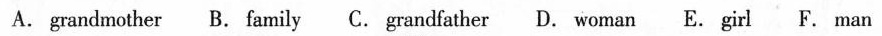
A. grandmother B. family C.grandfather D. woman E. girl F. man